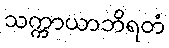
သက္ကာယာဘိရတံ